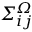
\itSigma _ { i j } ^ { \itOmega }